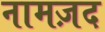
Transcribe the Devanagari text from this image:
नामज़द